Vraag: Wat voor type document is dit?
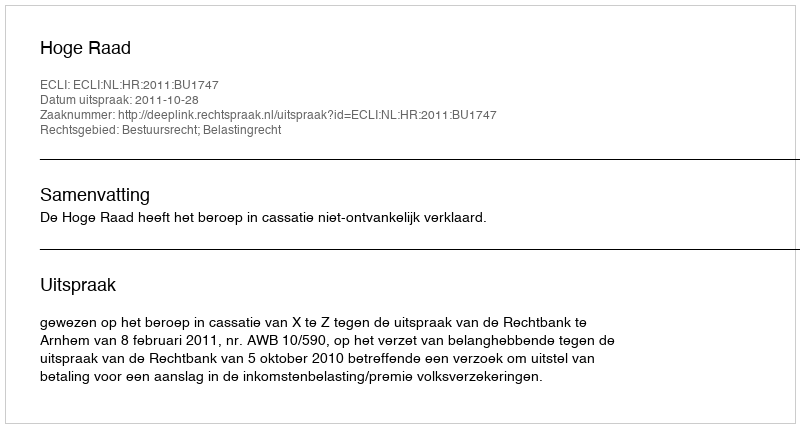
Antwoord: Uitspraak